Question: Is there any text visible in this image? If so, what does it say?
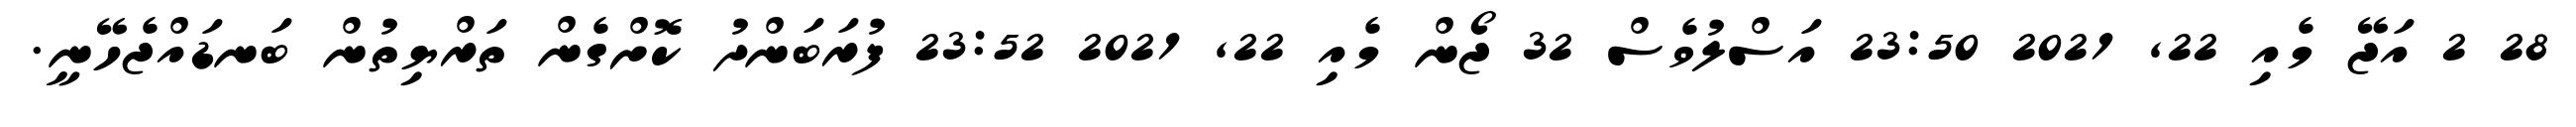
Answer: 28 2 އަޖޭ މެއި 22, 2021 23:50 އަސްލުވެސް 32 ޖޯން މެއި 22, 2021 23:52 ފުރަބަންދު ކޮށްގެން ތަރްޔިތުން ބަނޑައްޖެހޭނީ.